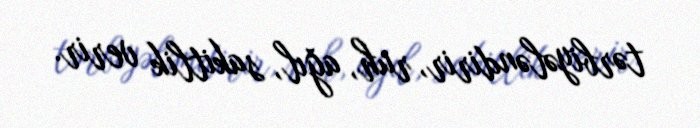
tərbiyələndirir, ruh, ağıl, sakitlik verir.